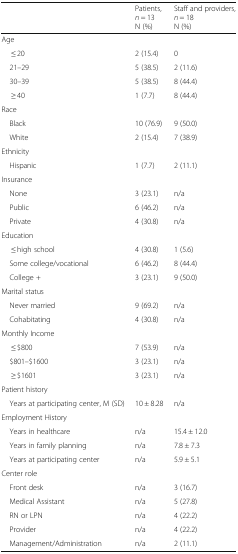
<table><thead><tr><td></td><td><b>Patients, <i>n</i> = 13N (%)</b></td><td><b>Staff and providers, <i>n</i> = 18N (%)</b></td></tr></thead><tbody><tr><td colspan="3">Age</td></tr><tr><td>≤ 20</td><td>2 (15.4)</td><td>0</td></tr><tr><td> 21–29</td><td>5 (38.5)</td><td>2 (11.6)</td></tr><tr><td> 30–39</td><td>5 (38.5)</td><td>8 (44.4)</td></tr><tr><td>≥ 40</td><td>1 (7.7)</td><td>8 (44.4)</td></tr><tr><td colspan="3">Race</td></tr><tr><td> Black</td><td>10 (76.9)</td><td>9 (50.0)</td></tr><tr><td> White</td><td>2 (15.4)</td><td>7 (38.9)</td></tr><tr><td colspan="3">Ethnicity</td></tr><tr><td> Hispanic</td><td>1 (7.7)</td><td>2 (11.1)</td></tr><tr><td colspan="3">Insurance</td></tr><tr><td> None</td><td>3 (23.1)</td><td>n/a</td></tr><tr><td> Public</td><td>6 (46.2)</td><td>n/a</td></tr><tr><td> Private</td><td>4 (30.8)</td><td>n/a</td></tr><tr><td colspan="3">Education</td></tr><tr><td>≤ high school</td><td>4 (30.8)</td><td>1 (5.6)</td></tr><tr><td> Some college/vocational</td><td>6 (46.2)</td><td>8 (44.4)</td></tr><tr><td> College +</td><td>3 (23.1)</td><td>9 (50.0)</td></tr><tr><td colspan="3">Marital status</td></tr><tr><td> Never married</td><td>9 (69.2)</td><td>n/a</td></tr><tr><td> Cohabitating</td><td>4 (30.8)</td><td>n/a</td></tr><tr><td colspan="3">Monthly Income</td></tr><tr><td>≤ $800</td><td>7 (53.9)</td><td>n/a</td></tr><tr><td> $801–$1600</td><td>3 (23.1)</td><td>n/a</td></tr><tr><td>≥ $1601</td><td>3 (23.1)</td><td>n/a</td></tr><tr><td colspan="3">Patient history</td></tr><tr><td> Years at participating center, M (SD)</td><td>10 ± 8.28</td><td>n/a</td></tr><tr><td colspan="3">Employment History</td></tr><tr><td> Years in healthcare</td><td>n/a</td><td>15.4 ± 12.0</td></tr><tr><td> Years in family planning</td><td>n/a</td><td>7.8 ± 7.3</td></tr><tr><td> Years at participating center</td><td>n/a</td><td>5.9 ± 5.1</td></tr><tr><td colspan="3">Center role</td></tr><tr><td> Front desk</td><td>n/a</td><td>3 (16.7)</td></tr><tr><td> Medical Assistant</td><td>n/a</td><td>5 (27.8)</td></tr><tr><td> RN or LPN</td><td>n/a</td><td>4 (22.2)</td></tr><tr><td> Provider</td><td>n/a</td><td>4 (22.2)</td></tr><tr><td> Management/Administration</td><td>n/a</td><td>2 (11.1)</td></tr></tbody></table>